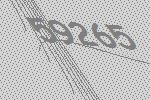
59265